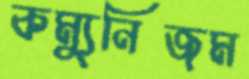
কম্যুনিজম